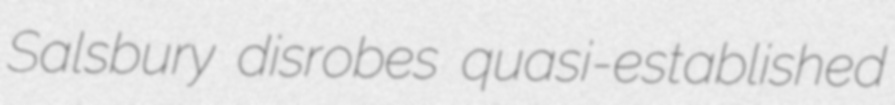
Salsbury disrobes quasi-established